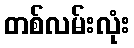
တစ်လမ်းလုံး